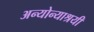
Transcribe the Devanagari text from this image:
अन्योन्याश्रयी